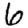
Digit: 6